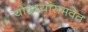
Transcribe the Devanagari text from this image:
योद्ध्यांसमवेत